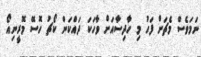
ނަމަވެސް މެޗަށް ފަހު މި ހާދިސާއަށް ވާހަކަ ދައްކަން ކޯޗު ހޮސޭ މޮރީނިއޯ